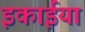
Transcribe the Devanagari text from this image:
इकाईया